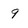
Character: 9